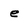
Character: e